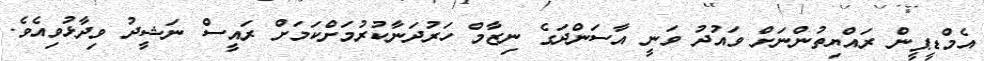
އެމްޑީޕީން ރައްޔިތުންނަށް ވައުދު ވަނީ އާސަންދަގެ ނިޒާމް ހަރުދަނާކުރުމަށްކަމަށް ރައީސް ނަޝީދު ވިދާޅުވިއެވެ.